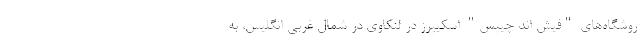
روشگاه‌های "فیش اند چیپس" اسکیپرز در لنکاوی در شمال غربی انگلیس، به